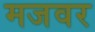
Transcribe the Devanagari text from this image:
मजवर